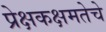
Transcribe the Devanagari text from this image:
प्रेक्षकक्षमतेचे